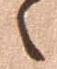
々